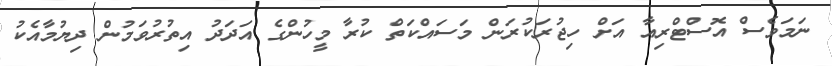
ނަމަވެސް އޮސްޓްރިއާ އަށް ހިޖުރަކުރަން މަސައްކަތް ކުރާ މީހުންގެ އަދަދު އިތުރުވަމުން ދިޔުމާއެކު